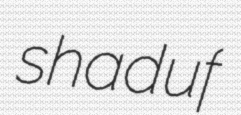
shaduf